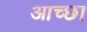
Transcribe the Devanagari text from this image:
आच्छा